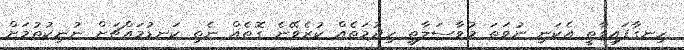
ހިނގާފައިވާތީ އެކަނި ނުވަތަ މުވާސަލާތީ ހިދުމަތެއް ކުރެވޭނެ ގޮތެއް ނެތި ކަނޑުމައްޗަށް ނުނިކުތުމަށް